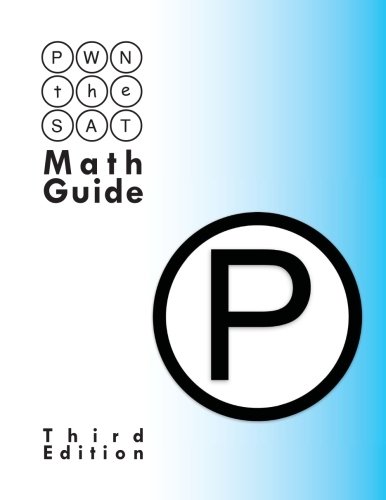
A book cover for PWN the SAT: Math Guide; Mike McClenathan; Test Preparation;